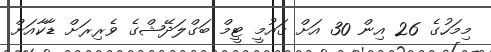
މިމަހުގެ 26 އިން 30 އަށް ޤައުމީ ޓީމް ބަގްލަދޭޝްގެ ވެރިރަށް ޑާކާއަށް